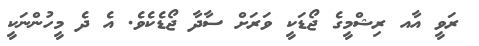
ރަވީ އާއ ރިޝްމީގެ ޖޯޑަކީ ވަރަށް ސާދާ ޖޯޑެކެވެ. އެ ދެ މީހުންނަކީ